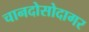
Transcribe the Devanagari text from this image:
चानदोसोदागर